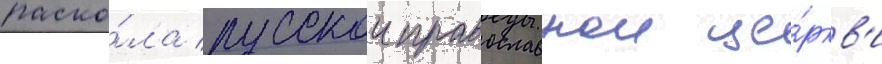
раско́ла русскои православнои це́ркв'и